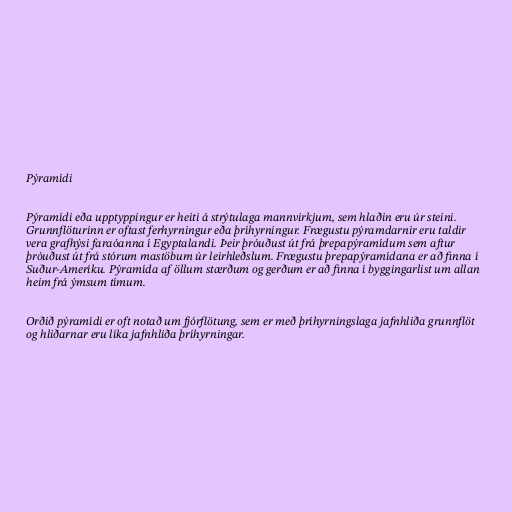
Pýramídi

Pýramídi eða upptyppingur er heiti á strýtulaga mannvirkjum, sem hlaðin eru úr steini.
Grunnflöturinn er oftast ferhyrningur eða þríhyrningur. Frægustu pýramdarnir eru taldir
vera grafhýsi faraóanna í Egyptalandi. Þeir þróuðust út frá þrepapýramídum sem aftur
þróuðust út frá stórum mastöbum úr leirhleðslum. Frægustu þrepapýramídana er að finna í
Suður-Ameríku. Pýramída af öllum stærðum og gerðum er að finna í byggingarlist um allan
heim frá ýmsum tímum.

Orðið pýramídi er oft notað um fjórflötung, sem er með þríhyrningslaga jafnhliða grunnflöt
og hliðarnar eru líka jafnhliða þríhyrningar.